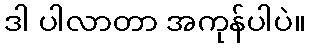
ဒါ ပါလာတာ အကုန်ပါပဲ။